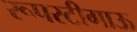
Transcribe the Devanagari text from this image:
रूपरटीगाऊ